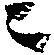
ニ